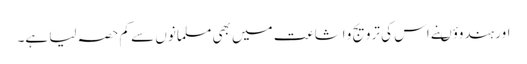
اور ہندوؤںنے اس کی ترویج و اشاعت میں بھی مسلمانوں سے کم حصہ لیا ہے۔